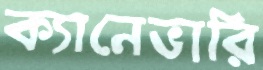
ক্যানেভারি